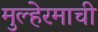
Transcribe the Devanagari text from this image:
मुल्हेरमाची